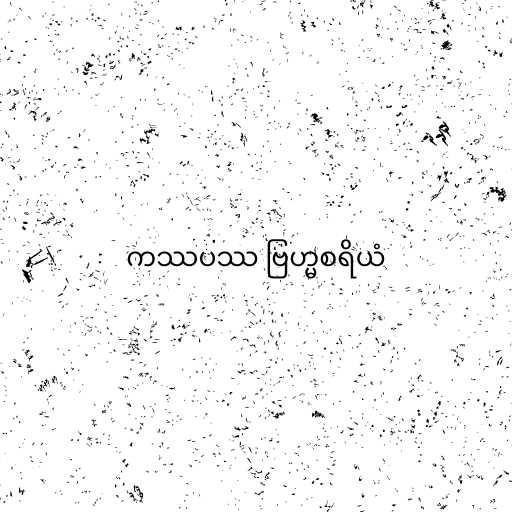
ကဿပဿ ဗြဟ္မစရိယံ